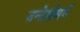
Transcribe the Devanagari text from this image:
उन्टेर्सबर्ग